Code of medical and sanitary regulations for the guidance of medical officers serving in the Madras Presidency - Volume II
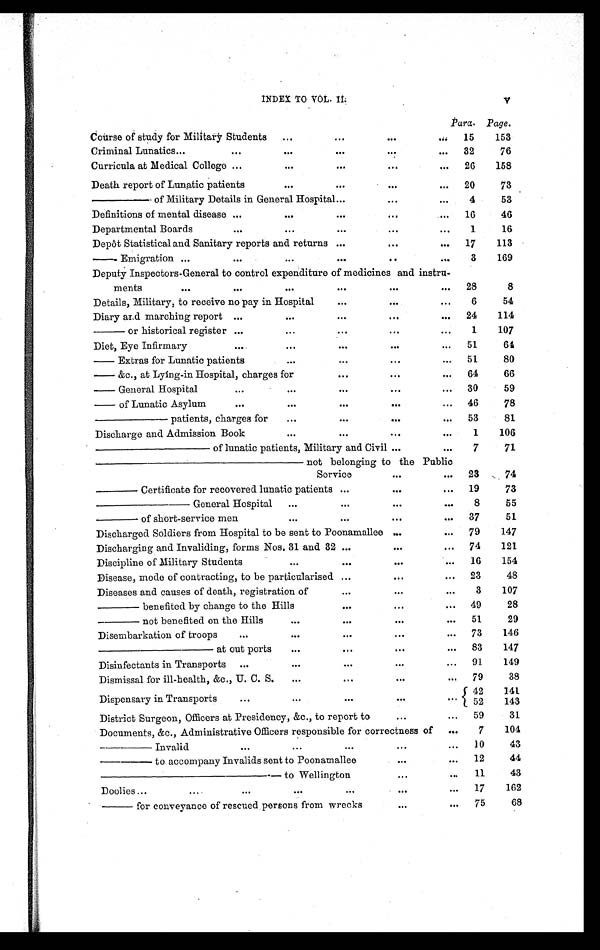
INDEX TO VOL. II. V
Para. Page.
Course of study for Military Students ...
...
. . . ... 15
153
Criminal Lunatics...
...
. . .
...
. . . ... 32
76
Curricula at Medical College ...
. . . ...
...
... 26
158
Death report of Lunatic patients
...
...
. . .
... 20
73
— — — — — o f M i l i t a r y D e t a i l s i n G e n e r a l H o s p i t a l
...
. . . ...
4
53
Definitions of mental disease ...
. . . ...
...
... 16
46
Departmental Boards
...
...
...
. . . ...
1
16
Depôt Statistical and Sanitary reports and returns ...
...
... 17
113
—— Emigration ...
...
. . . ...
. . ...
3
169
Deputy Inspectors-General to control expenditure of medicines and instru-
ments ...
...
. . . ...
...
... 28
8
Details, Military, to receive no pay in Hospital
...
. . . ...
6
54
Diary and marching report ...
. . . ...
. . .
... 24
114
——— or historical register ...
...
...
. . . ...
1
107
Diet, Eye Infirmary
...
...
...
...
... 51
64
—— Extras for Lunatic patients
. . . ...
. . .
... 51
80
— — & c . , a t L y i n g - i n H o s p i t a l , c h a r g e s f o r
...
. . .
... 64
66
—— General Hospital
...
. . . ...
. . .
... 30
59
—— of Lunatic Asylum
...
...
...
. . .
... 46
78
—————— patients, charges for
...
...
. . .
... 53
81
Discharge and Admission Book
...
...
...
...
1
106
—————————— of lunatic patients, Military and Civil ...
...
7
71
———————————————————
not belonging to the Public
Service
. . .
... 23
74
———— Certificate for recovered lunatic patients ...
. . .
... 19
73
— — — — — — — — G e n e r a l H o s p i t a l ...
...
. . . ...
8
55
——— of short-service men
...
...
...
... 37
51
Discharged Soldiers from Hospital to be sent to Poonamallee ...
... 79
147
Discharging and Invaliding, forms Nos. 31 and 32 ...
...
... 74
121
Discipline of Military Students
...
...
. . .
... 16 154
Disease, mode of contracting, to be particularised ...
...
... 23
48
Diseases and causes of death, registration of
...
...
. . . 3
107
——— benefited by change to the Hills
...
. . .
. . . 49
28
——— not benefited on the Hills
...
...
. . .
... 51
29
Disembarkation of troops
. . .
. . .
...
. . .
... 73
146
—————————— at out ports . . .
...
...
... 83
147
Disinfectants in Transports ...
. . .
...
. . .
... 91
149
Dismissal for ill-health, &c., U. C. S. ...
. . .
. . .
... 79
38
Dispensary in Transports
. . .
. . .
...
. . .
... 42
141
52
143
District Surgeon, Officers at Presidency, &c., to report to
...
... 59
31
Documents, &c., Administrative Officers responsible for correctness of ...
7
104
———— Invalid
...
...
...
...
... 10
43
———— to accompany Invalids sent to Poonamallee
...
... 12
44
— — — — — — — — — — — — — — t o W e l l i n g t o n
...
... 11
43
Doolies ... ...
...
. . .
...
. . .
... 17
162
—— for conveyance of rescued persons from wrecks
...
... 75
68